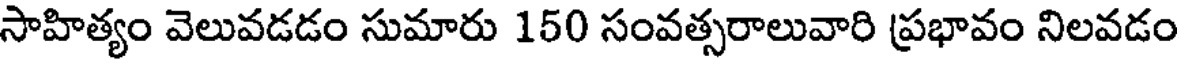
సాహిత్యం వెలువడడం సుమారు 150 సంవత్సరాలువారి ప్రభావం నిలవడం